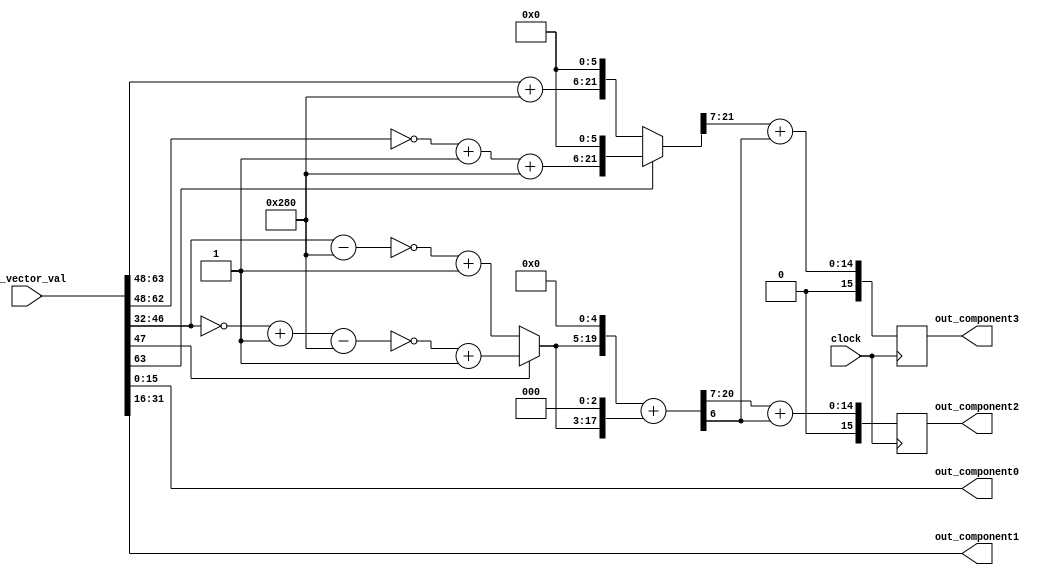
// PROTOTYPE by Jacob Pike and Andy Vanderheyden
// Module for extracting 4 components from a value from a vector register
							// Inputs:
								// 1 64-bit value from a vector register
module VectorComponentExtractor(in_vector_val, clock,
							// Outputs:
								// 4 16-bit values extracted for 4 components of input vector value
								// component0 is least significant bits, component3 is most significant bits
								out_component0,
								out_component1,
								out_component2,
								out_component3);
								
	// input/output declarations
	input [63:0] in_vector_val;
	output [15:0] out_component0;
	output [15:0] out_component1;
	output [15:0] out_component2;
	output [15:0] out_component3;
	input clock;
	
	reg [21:0]compx;
	reg [21:0]compy;
	reg [15:0]in_compx;
	reg [15:0]in_compy;
	reg [15:0]interm_compy;
  reg [15:0]out_compx;
	reg [15:0]out_compy;
	reg [15:0]temp5 = (15'd5<<7);
	
	always @(posedge clock) begin
	  
	  //I used blocking assignments here because this work needs to be executed serially.
    //The logic is very simple, so running the logic serially shouldn't incur an
    //appreciable performance hit.
	  
	  in_compx = in_vector_val[63:48];
 	  in_compy = in_vector_val[47:32];
 	  //Add 5 to input to move origin to left hand side of plane
 	  //shift by 6 to multiply by the constant scaling factor of 64
 	  if(in_compx[15]==1'b1) begin
 	    compx[21:0] = ((~in_compx[14:0]+1'b1) + temp5[15:0])<<6;
 	  end
 	  else begin 
 	    compx[21:0] = (in_compx[15:0] + temp5[15:0])<<6;
 	  end
 	  //subtract 5 from the to move the origin to the top of the plane
 	  if(in_compy[15]==1'b0) begin
 	    interm_compy[14:0] = ~(in_compy[14:0] - temp5[14:0]) + 15'b1;
 	  end
 	  else begin 
 	    interm_compy[14:0] = ~((~in_compy[14:0] + 1'b1) - temp5[14:0]) + 15'b1;
 	  end
	  interm_compy[15] = 1'b0;
	  //Adding these 2 shifted values is the same as mult. by 40
	  compy = (interm_compy[15:0]<<5) + (interm_compy[15:0]<<3);
	  
	  //Somehow truncate the fixed point values
	  out_compy[14:0] <= compy[21:7] + compy[6];
	  out_compy[15] <= 1'b0;
	  out_compx[14:0] <= compx[21:7] + compy[6];
	  out_compx[15] <= 1'b0;
	end 
	  
	
	// wire assignments - extracts components from vector value
	assign out_component0 = in_vector_val[15:0];
	assign out_component1 = in_vector_val[31:16];
	assign out_component2 = out_compy[15:0];
	assign out_component3 = out_compx[15:0];

endmodule